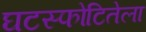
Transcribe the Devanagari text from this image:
घटस्फोटितेला